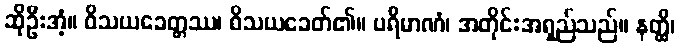
ဆိုဦးအံ့။ ဝိသယခေတ္တဿ၊ ဝိသယခေတ်၏။ ပရိမာဏံ၊ အတိုင်းအရှည်သည်။ နတ္ထိ၊